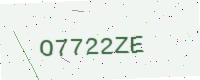
Text: O7722ZE